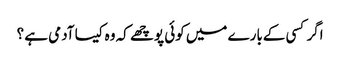
اگر کسی کےبارے میں کوئی پوچھے کہ وہ کیسا آدمی ہے ؟